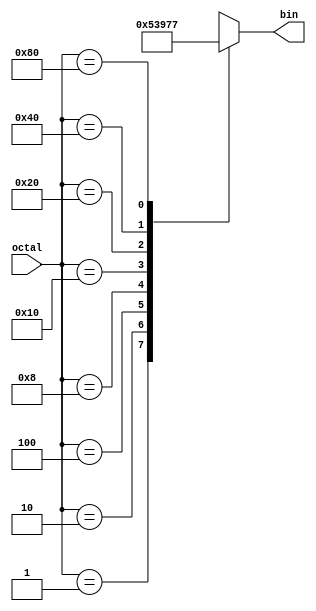
module encoder(octal,bin);
  input [7:0] octal;
  output reg [2:0] bin;
  always @(*)
    case(octal)
      8'b0000_0001:bin=3'b000;
      8'b0000_0010:bin=3'b001;
      8'b0000_0100:bin=3'b010;
      8'b0000_1000:bin=3'b011;
      8'b0001_0000:bin=3'b100;
      8'b0010_0000:bin=3'b101;
      8'b0100_0000:bin=3'b110;
      8'b1000_0000:bin=3'b111;
      default:bin=3'bxxx;
    endcase
endmodule